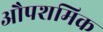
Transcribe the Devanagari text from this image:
औपशमिक